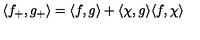
\langle f _ { + } , g _ { + } \rangle = \langle f , g \rangle + \langle \chi , g \rangle \langle f , \chi \rangle